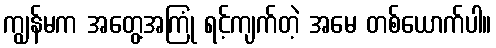
ကျွန်မက အတွေ့အကြုံ ရင့်ကျက်တဲ့ အမေ တစ်ယောက်ပါ။